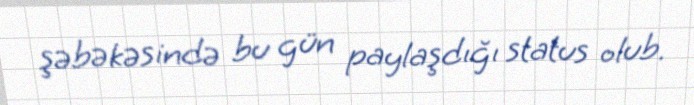
şəbəkəsində bu gün paylaşdığı status olub.